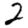
Digit: 2